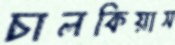
চালকিয়াস